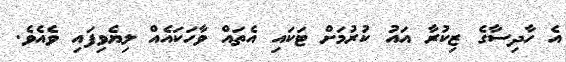
އެ ހާދިސާގެ ޒިކުރާ އައު ކުރުމަށް ޓަކައި އެތައް ވާހަކައެއް ލިޔެވިފައި ވެއެވެ.